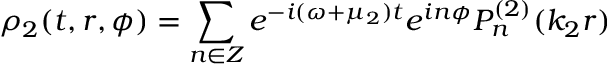
\rho _ { 2 } ( t , r , \phi ) = \sum _ { n \in Z } e ^ { - i ( \omega + \mu _ { 2 } ) t } e ^ { i n \phi } P _ { n } ^ { ( 2 ) } ( k _ { 2 } r )